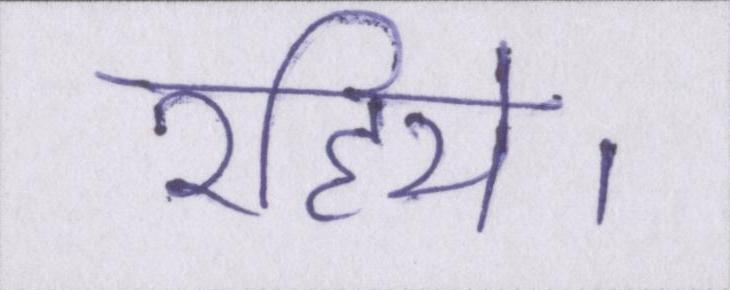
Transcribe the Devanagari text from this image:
रहिये।